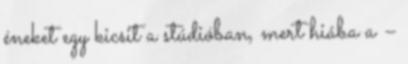
éneket egy kicsit a stúdióban, mert hiába a –